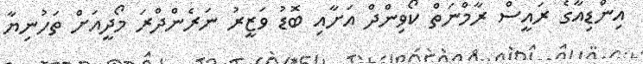
އިންޑިއާގެ ރައީސް ރާމްނަތް ކޯވިންދް އަށާއި ބޮޑު ވަޒީރު ނަރެންދްރަ މޯދީއަށް ތަހުނިޔާ